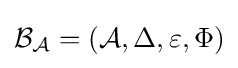
{\mathcal {B_{A}}}=({\mathcal {A}},\Delta ,\varepsilon ,\Phi )